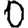
Digit: 0